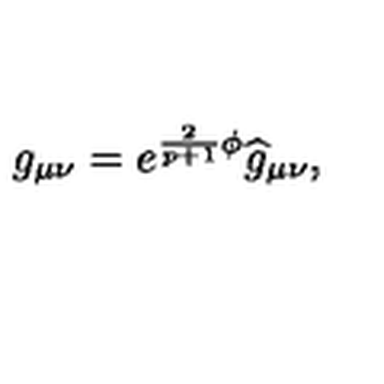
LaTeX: g _ { \mu \nu } = e ^ { \frac { 2 } { p + 1 } \phi } \widehat { g } _ { \mu \nu } ,